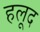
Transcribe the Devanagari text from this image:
हलूद